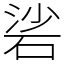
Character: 硰